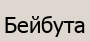
Бейбута